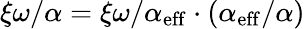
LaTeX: \xi\omega/\alpha=\xi\omega/\alpha_{\mathrm{eff}}\cdot(\alpha_{\mathrm{eff}}/\alpha)